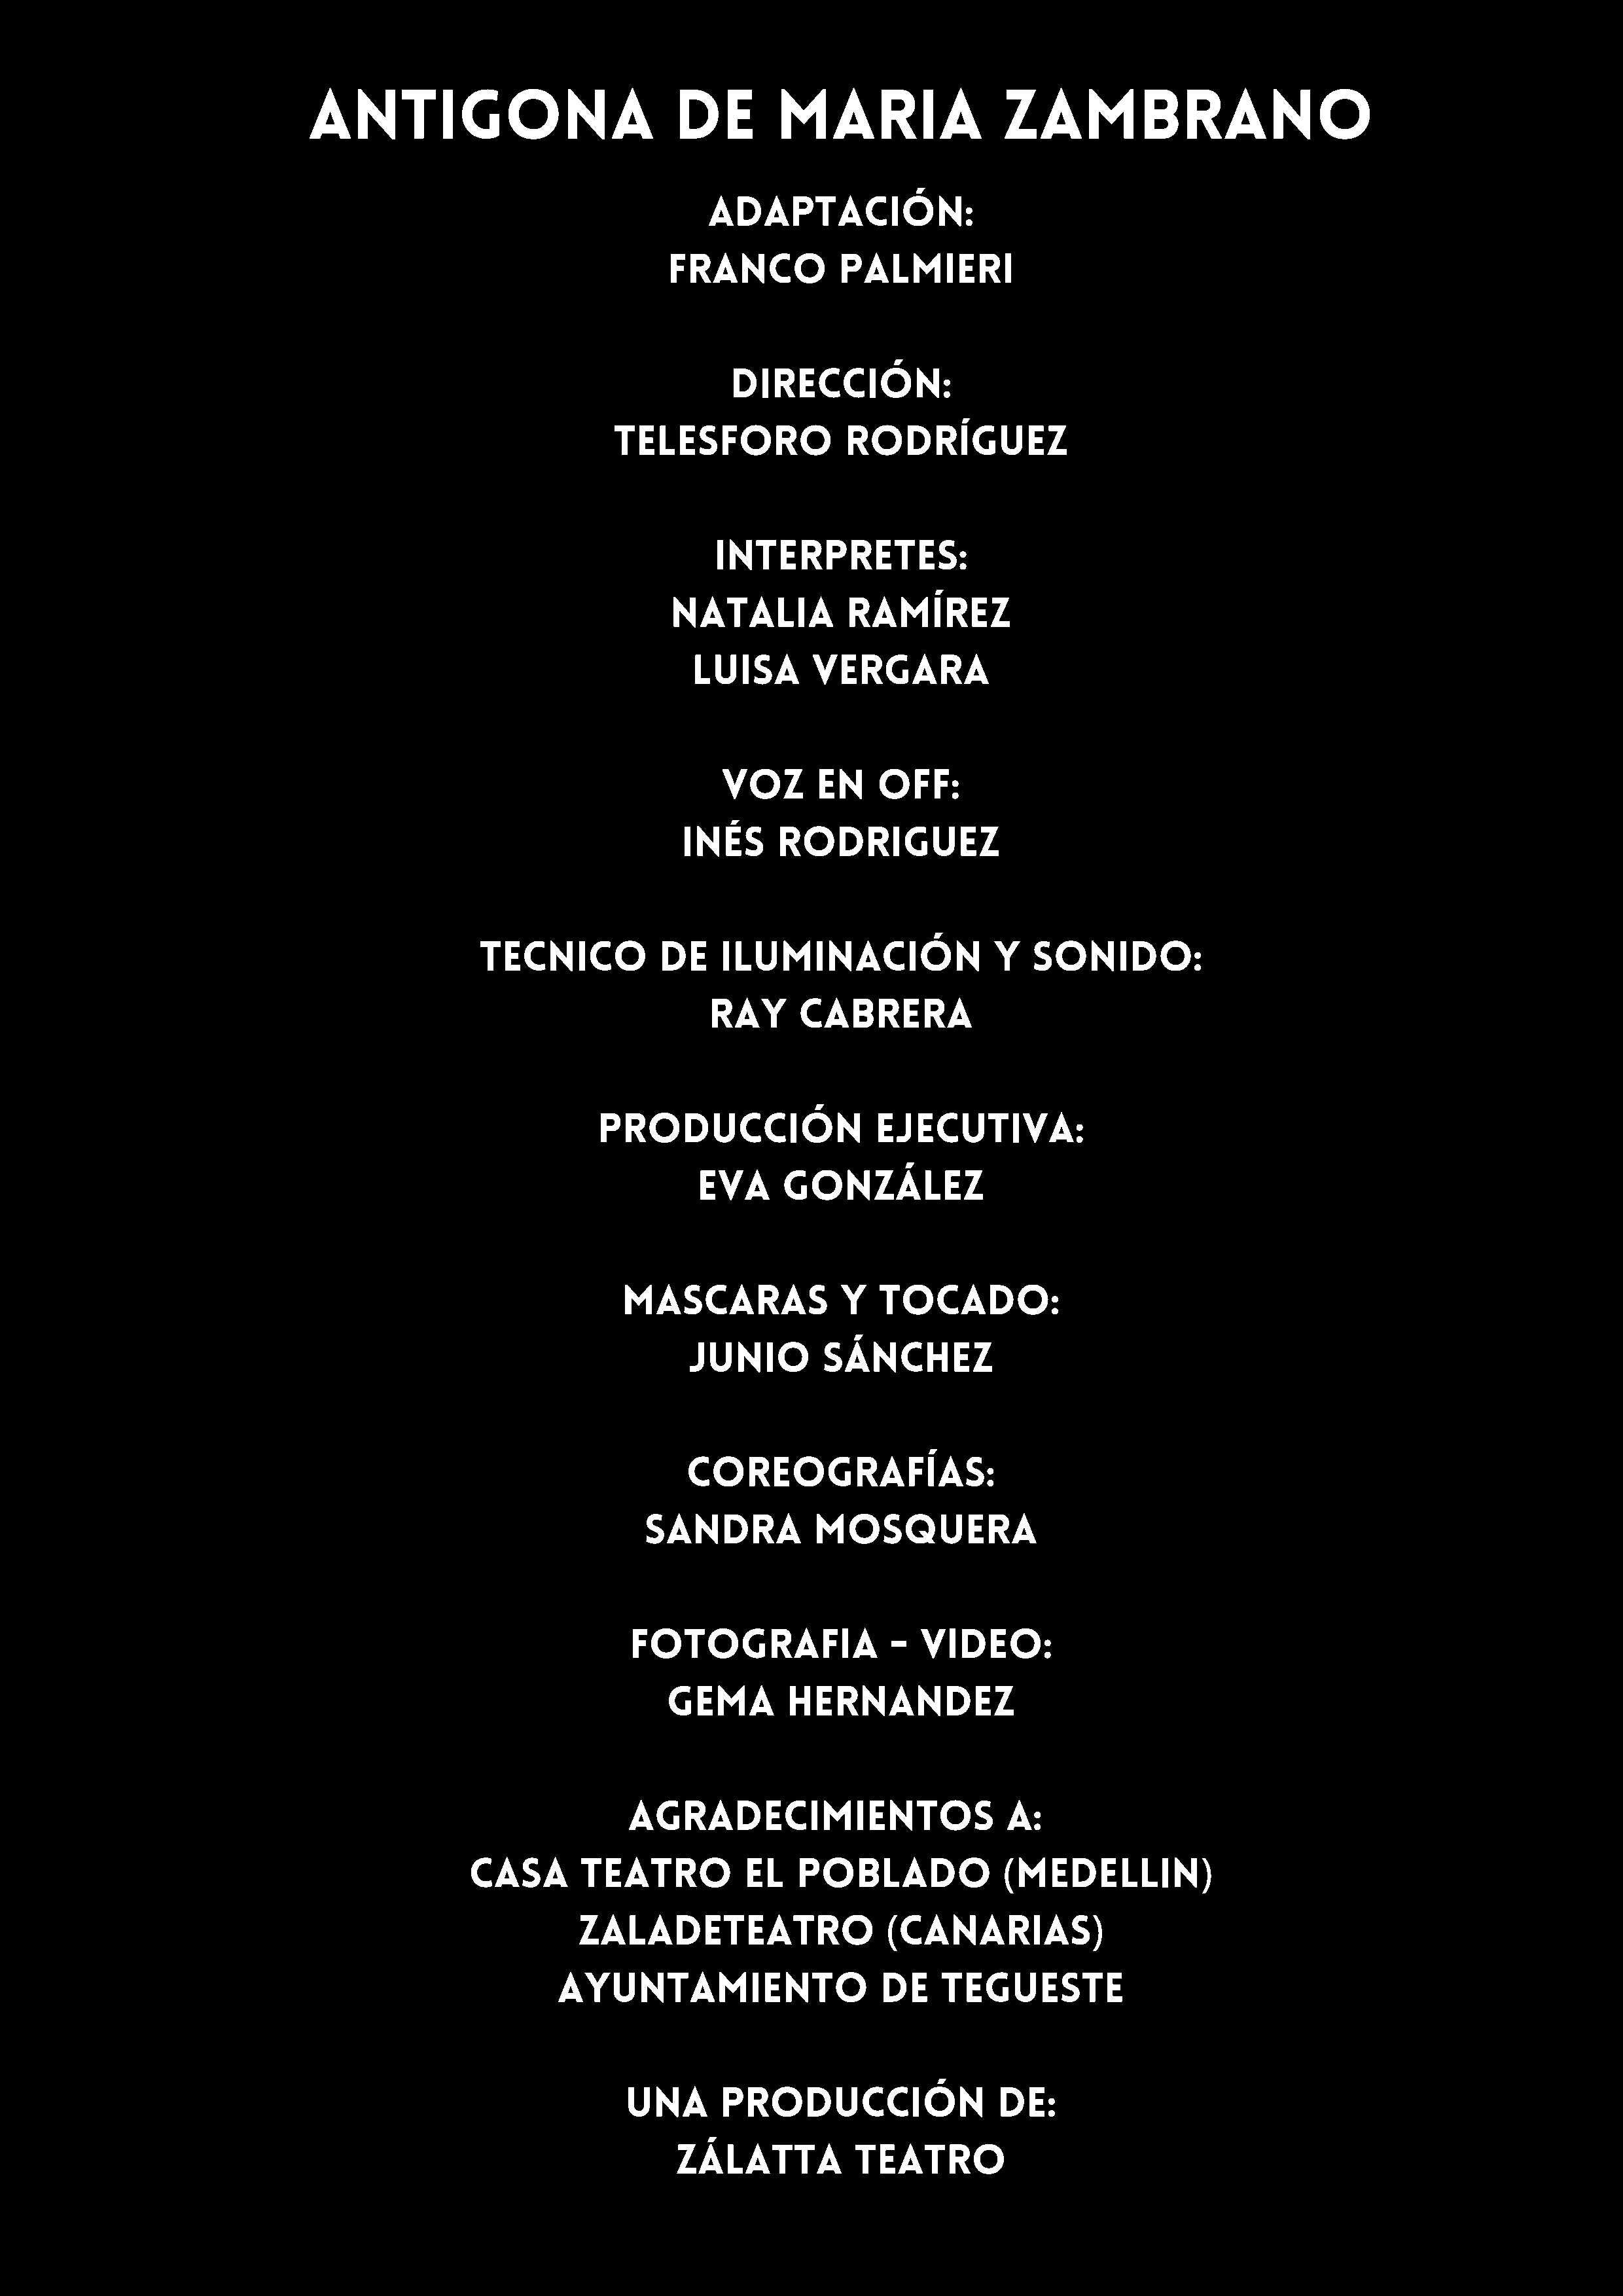
ANTIGONA                             DE        Maria                  Zambrano
 Adaptación:
 Franco           palmieri
 dirección:
 Telesforo              rodríguez
 interpretes:
 natalia           ramírez
 luisa       vergara
 voz       en    off:
 inés      rodriguez
 tecnico            de    iluminación                 y  sonido:
 ray      cabrera
 producción                   ejecutiva:
 eva     gonzález
 mascaras              y   tocado:
 junio        sánchez
 coreografías:
 sandra           mosquera
 FOTOGRAFIA                -  VIDEO:
 GEMA         HERNANDEZ
 agradecimientos                       a:
 casa        teatro          el    poblado             (Medellin)
 zaladeteatro                    (Canarias)
 ayuntamiento                     de    tegueste
 una       producción                  de:
 Zálatta           Teatro